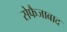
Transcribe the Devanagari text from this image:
सेफैजाबाद